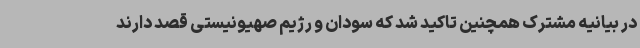
در بیانیه مشترک همچنین تاکید شد که سودان و رژیم صهیونیستی قصد دارند